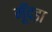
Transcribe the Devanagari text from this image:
मूँदड़ा